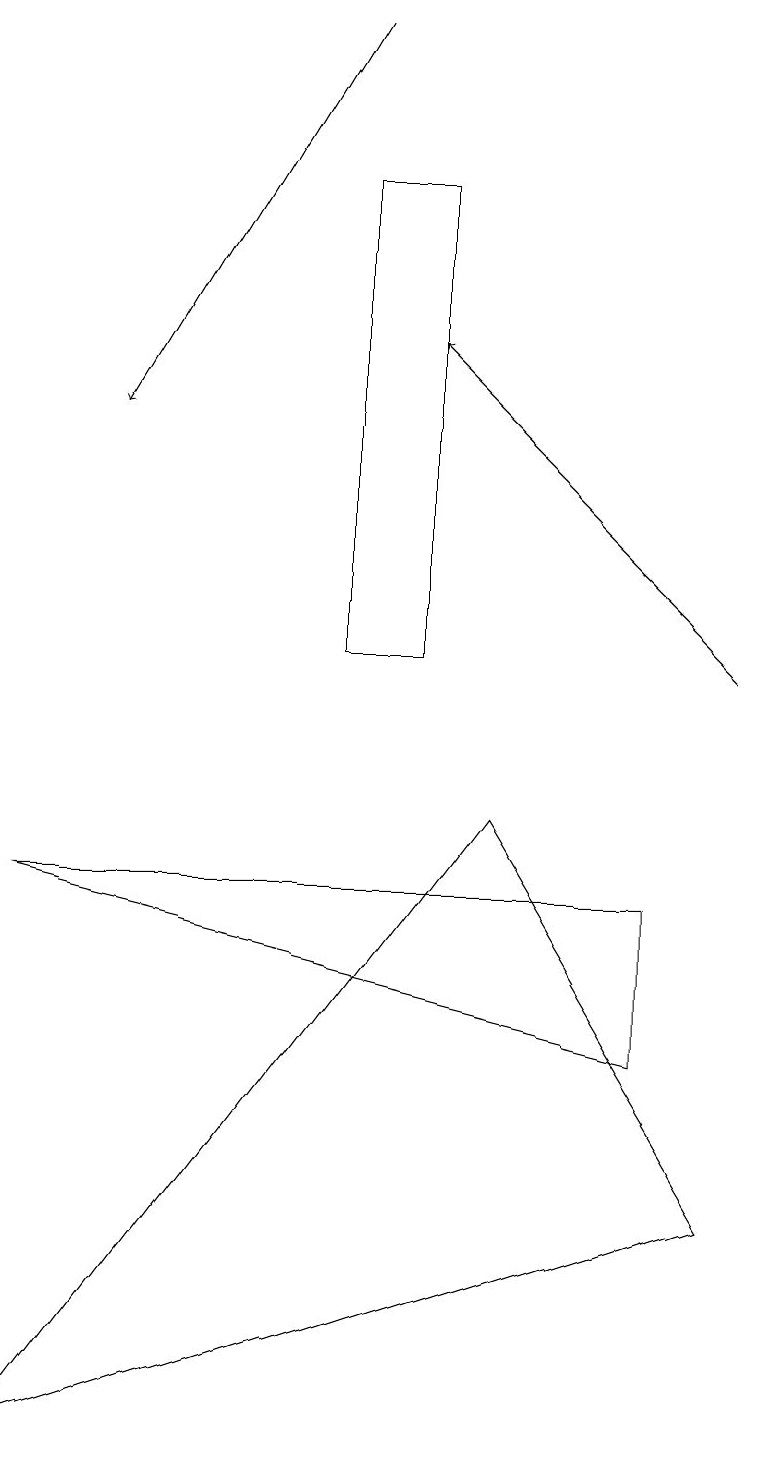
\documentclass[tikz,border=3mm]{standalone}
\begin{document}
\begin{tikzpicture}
\draw[->] (4,19) -- (1,14);
\draw (8,8) -- (0,8) -- (8,6) -- cycle;
\draw (0,1) -- (6,9) -- (9,4) -- cycle;
\draw (5,11) rectangle (4,17);
\draw[->] (9,11) -- (5,15);
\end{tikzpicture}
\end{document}